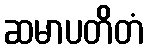
ဆမာပတိတံ